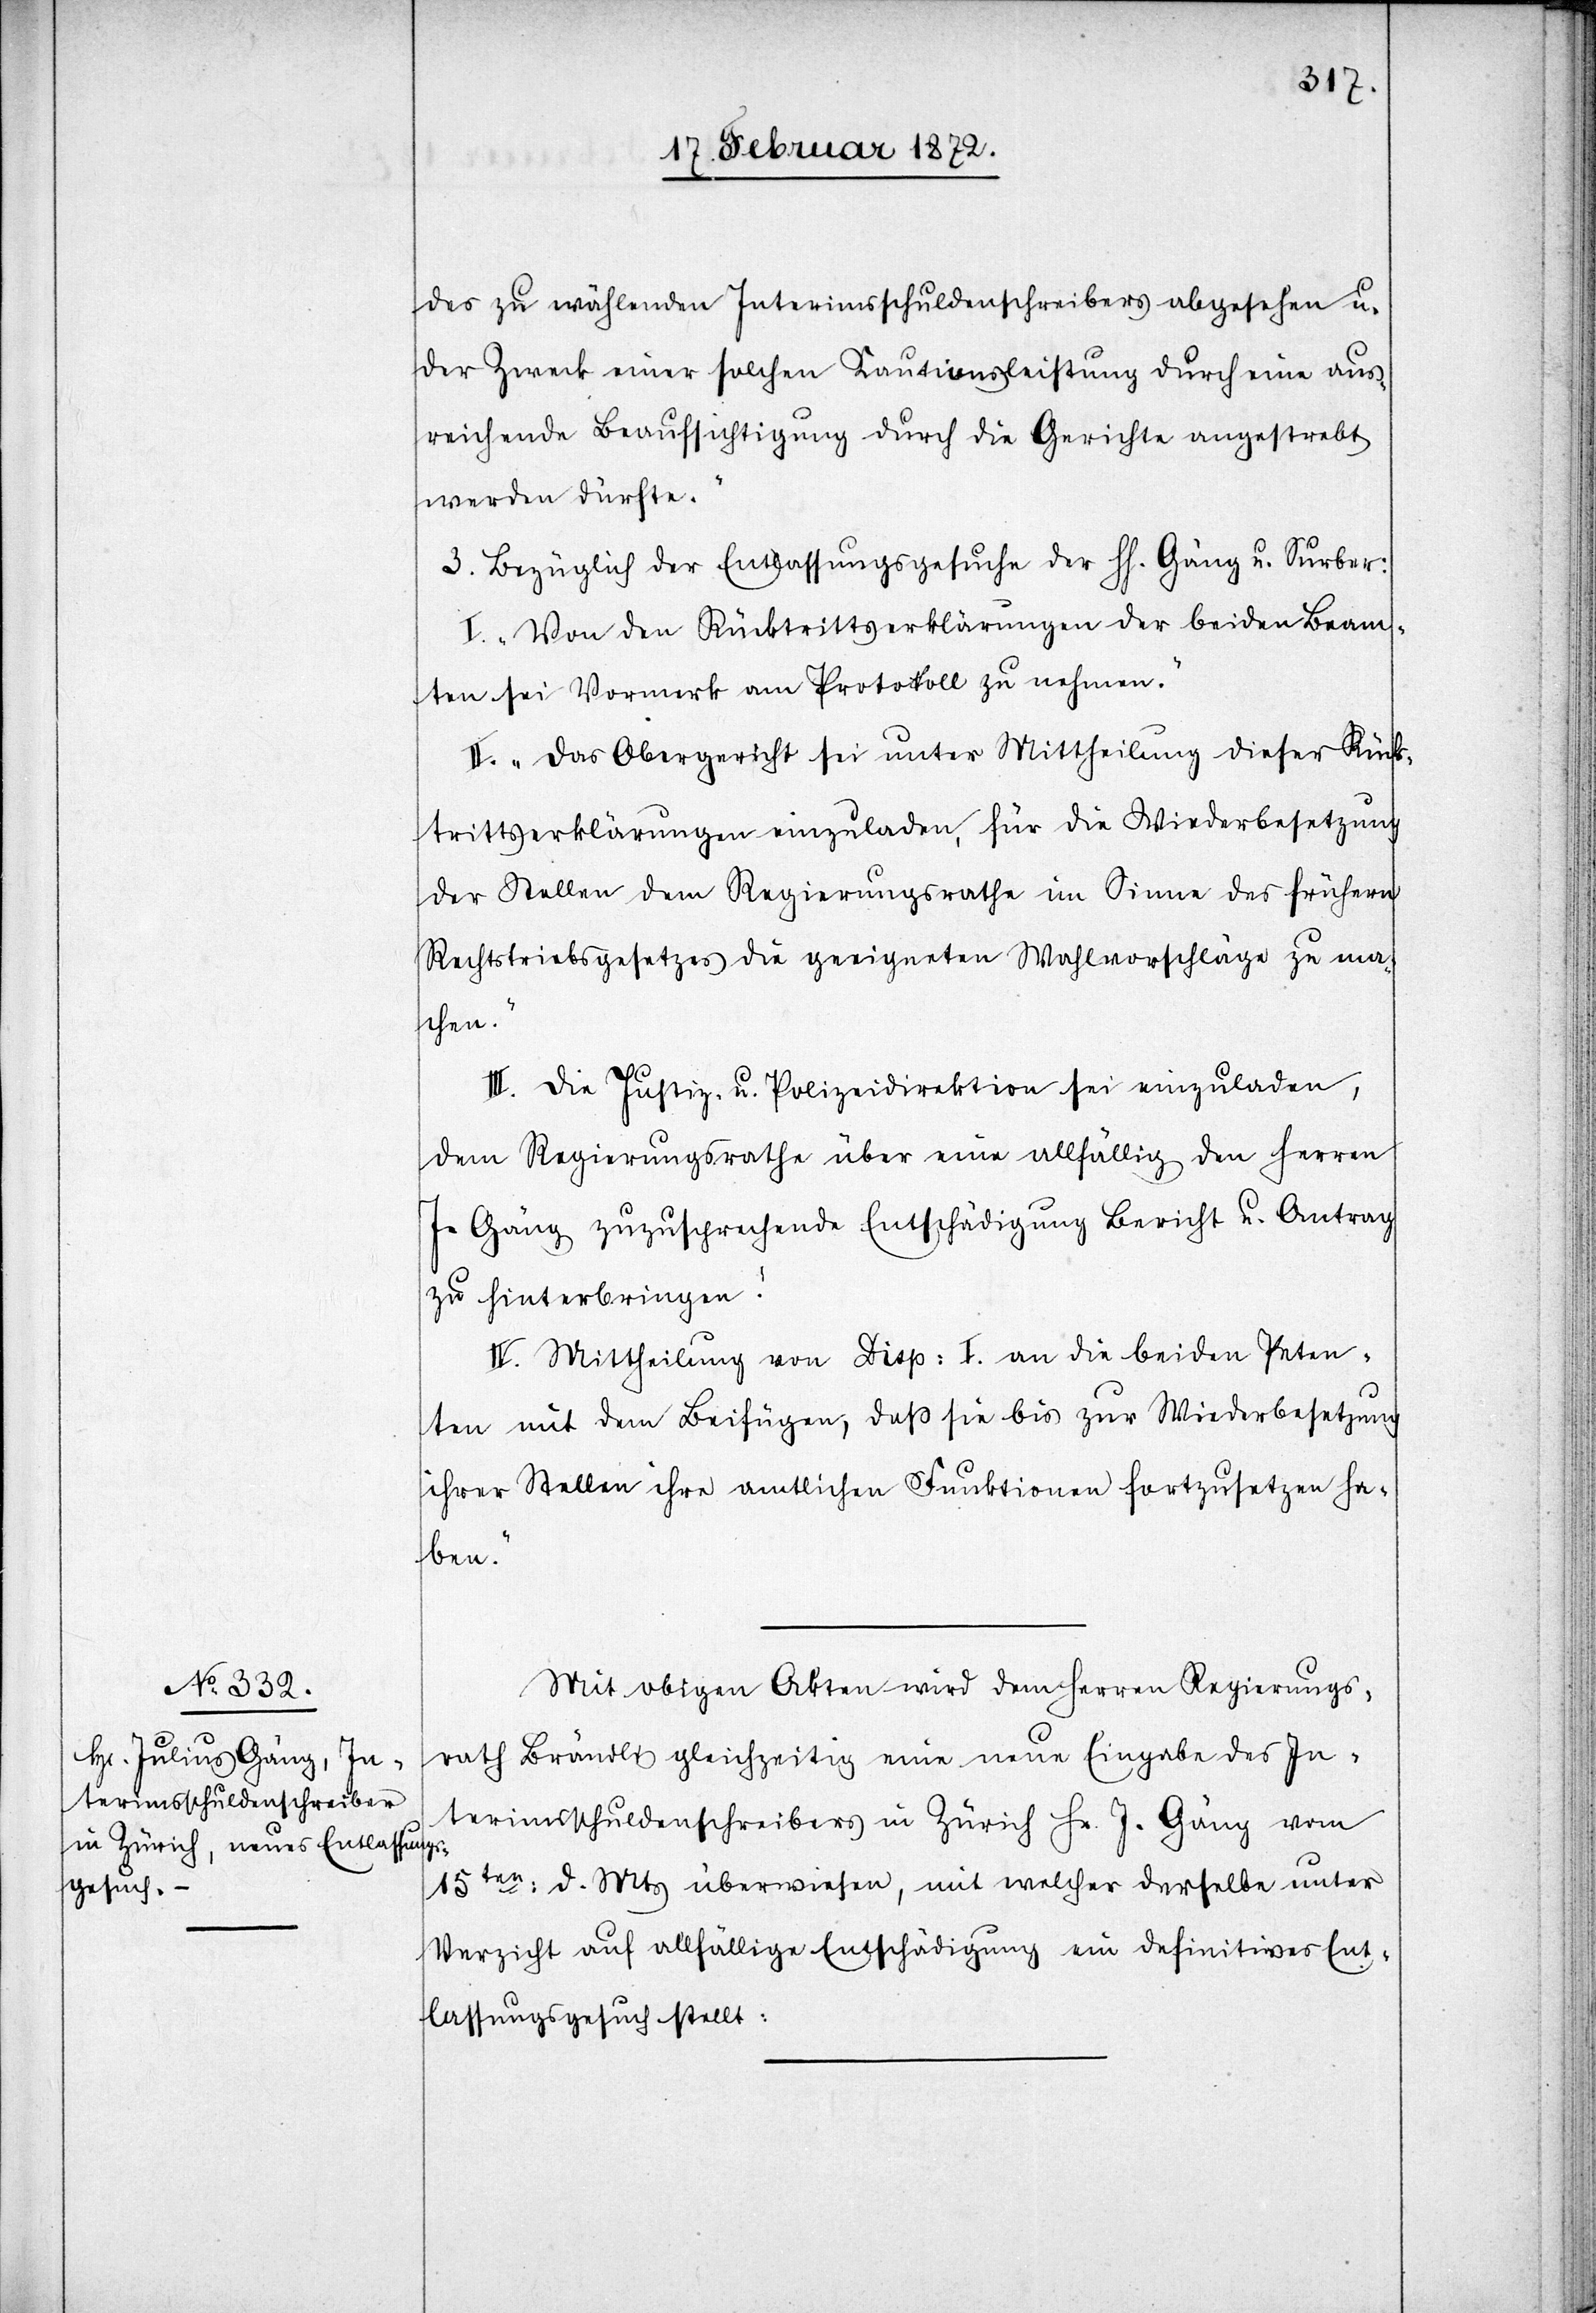
des zu wählenden Interimsschuldenschreibers abgesehen u.
der Zweck einer solchen Kautionsleistung durch eine aus¬
reichende Beaufsichtigung durch die Gerichte angestrebt
werden dürfte.“
3. Bezüglich der Entlassungsgesuche der HH. Gäng u. Surber:
I. „Von den Rücktrittserklärungen der beiden Beam¬
ten sei Vormerk am Protokoll zu nehmen.“
II. „Das Obergericht sei unter Mittheilung dieser Rück¬
trittserklärungen einzuladen, für die Wiederbesetzung
der Stellen dem Regierungsrathe im Sinne des frühern
Rechtstriebsgesetzes die geeigneten Wahlvorschläge zu ma¬
chen.“
III. Die Justiz- u. Polizeidirektion sei einzuladen,
dem Regierungsrathe über eine allfällig den Herren
J. Gäng zuzusprechende Entschädigung Bericht u. Antrag
zu hinterbringen.
IV. Mittheilung von Disp: I. an die beiden Peten¬
ten mit dem Beifügen, daß sie bis zur Wiederbesetzung
ihrer Stellen ihre amtlichen Funktionen fortzusetzen ha¬
ben.“
Mit obigen Akten wird dem Herren Regierungs¬
rath Brändli gleichzeitig eine neue Eingabe des In¬
terimsschuldenschreibers in Zürich Hr. J. Gäng vom
15ten d. Mts überwiesen, mit welcher derselbe unter
Verzicht auf allfällige Entschädigung ein definitives Ent¬
lassungsgesuch stellt.